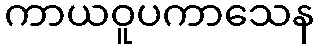
ကာယဝူပကာသေန